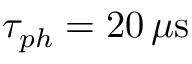
\tau _ { p h } = 2 0 \, \mu \mathrm { s }